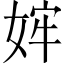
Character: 𫰴